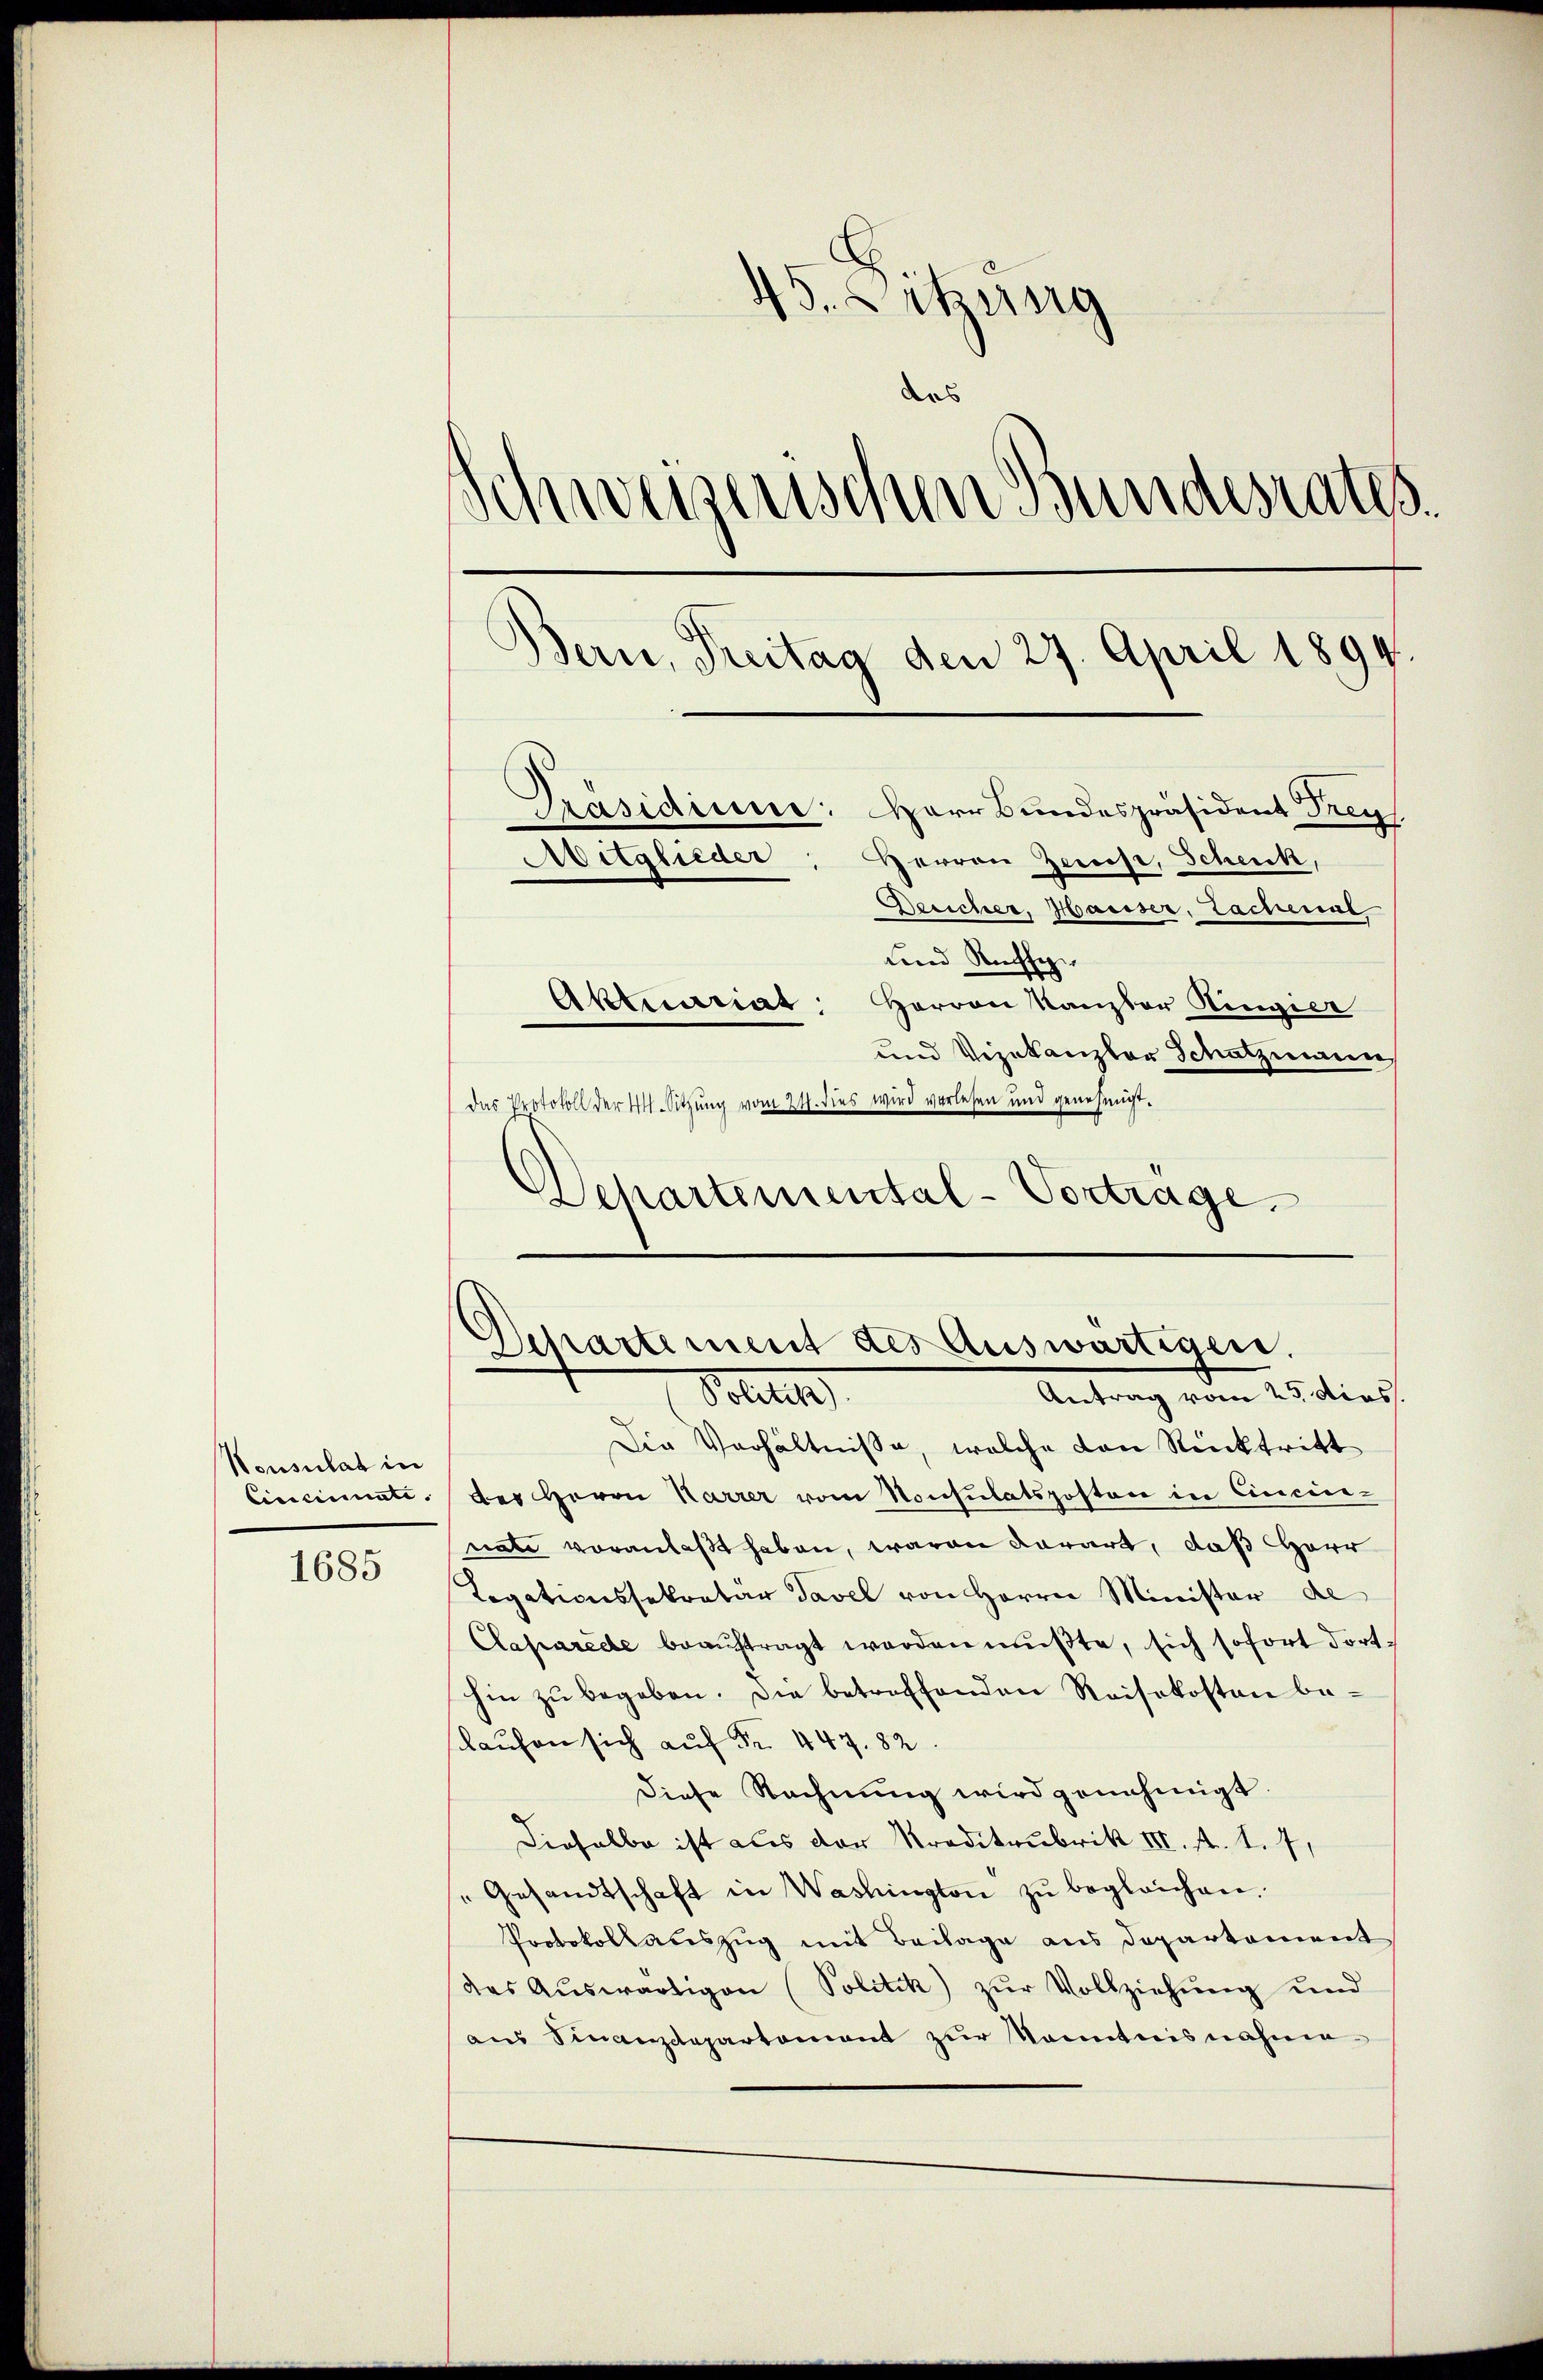
1685

45. Sitzung
Anweiserischen Bundesrates.
Bern, Treitag den 27. April 1894.
Präsidium: Herr Bundespräsident Frey
Aitglieder, Herren Zerst, Schenk,
Bericher, Hariser, Tachenal
und Ruche
Aktuariat Herren Kanzler Ringier
und Vizekanzler Schatzmann

Nonsulat in

Departement des Auswärtigen.
Antrag vom 25. dies
Polit

Die Verhältnisse, welche den Rücktritt
Cincinate des Herrn Karrer vom Konsulatsposten in Cincin-
nate voranlaßt haben, waren darart, daß Herr
Legationssekretär Tavel von Herrn Minister de
Claparede beaŭftragt werden mußte, sich sofort dorthin zŭ begeben. Die betreffenden Reisekosten be-
laufen sich auf Fr. 447. 82.
diese Rechnŭng wird genehmigt.
Dieselbe ist aus der Kreditaubrik III. fl. 1. 7
"Gesandtschaft in Washington zŭ begleichen.
Protokollauszug mit Beilage aus Departement
das Aŭswärtigen (Politik) zŭr Vollziehŭng und
aus Finanzdepartement zur Kenntnisnahme

das Protokoll der 4. Sitzung vom 24. dies wird verlesen und genehmigt.
Dehartemental-Vortrage